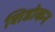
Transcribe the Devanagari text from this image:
शिडोकन